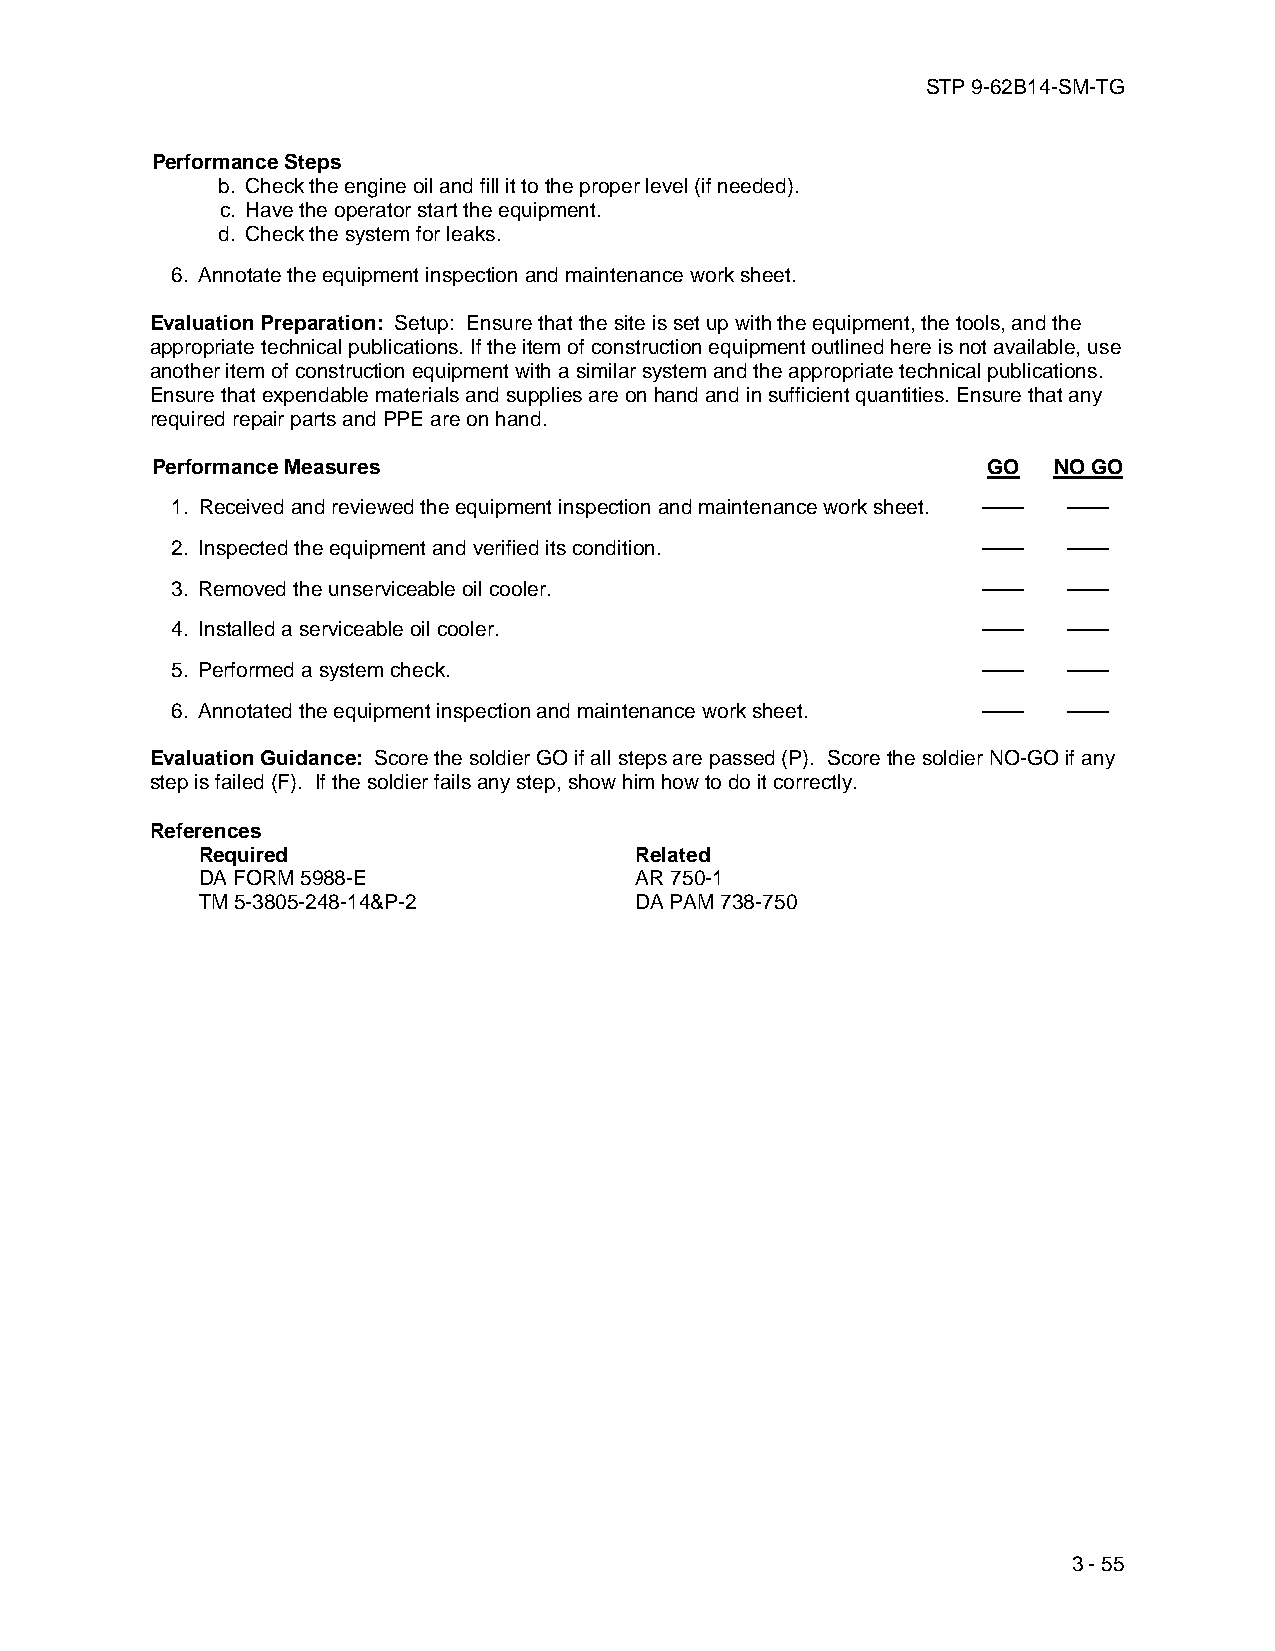
STP 9-62B14-SM-TG
 Performance Steps
 b. Check the engine oil and fill it to the proper level (if needed).
 c. Have the operator start the equipment.
 d. Check the system for leaks.
 6. Annotate the equipment inspection and maintenance work sheet.
 Evaluation Preparation: Setup: Ensure that the site is set up with the equipment, the tools, and the
 appropriate technical publications. If the item of construction equipment outlined here is not available, use
 another item of construction equipment with a similar system and the appropriate technical publications.
 Ensure that expendable materials and supplies are on hand and in sufficient quantities. Ensure that any
 required repair parts and PPE are on hand.
 Performance Measures                                   GO   NO GO
 1. Received and reviewed the equipment inspection and maintenance work sheet. —— ——
 2. Inspected the equipment and verified its condition. ——   ——
 3. Removed the unserviceable oil cooler.              ——    ——
 4. Installed a serviceable oil cooler.                ——    ——
 5. Performed a system check.                          ——    ——
 6. Annotated the equipment inspection and maintenance work sheet. —— ——
 Evaluation Guidance: Score the soldier GO if all steps are passed (P). Score the soldier NO-GO if any
 step is failed (F). If the soldier fails any step, show him how to do it correctly.
 References
 Required                     Related
 DA FORM 5988-E               AR 750-1
 TM 5-3805-248-14&P-2         DA PAM 738-750
 3 - 55